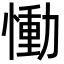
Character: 慟